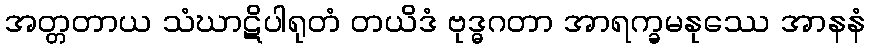
အတ္တတာယ သံဃာဋိပါရုတံ တယိဒံ ဗုဒ္ဓဂတာ အာရက္ခမနုဿေ အာနနံ